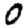
Digit: 0